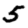
Digit: 5